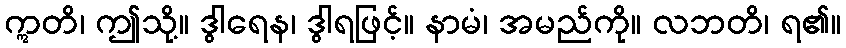
ဣတိ၊ ဤသို့။ ဒွါရေန၊ ဒွါရဖြင့်။ နာမံ၊ အမည်ကို။ လဘတိ၊ ရ၏။